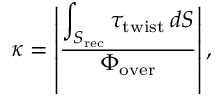
\begin{array} { r } { \kappa = \left| \frac { \displaystyle \int _ { S _ { \mathrm { r e c } } } \tau _ { \mathrm { t w i s t } } \, d S } { \displaystyle \Phi _ { \mathrm { o v e r } } } \right| , } \end{array}